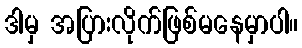
ဒါမှ အပြားလိုက်ဖြစ်မနေမှာပါ။